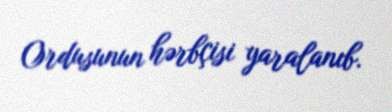
Ordusunun hərbçisi yaralanıb.